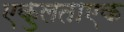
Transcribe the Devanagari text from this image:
एकुलताएक